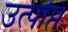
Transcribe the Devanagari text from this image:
उत्पप्ति